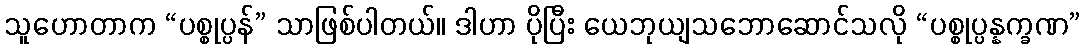
သူဟောတာက “ပစ္စုပ္ပန်” သာဖြစ်ပါတယ်။ ဒါဟာ ပိုပြီး ယေဘုယျသဘောဆောင်သလို “ပစ္စုပ္ပန္နက္ခဏ”